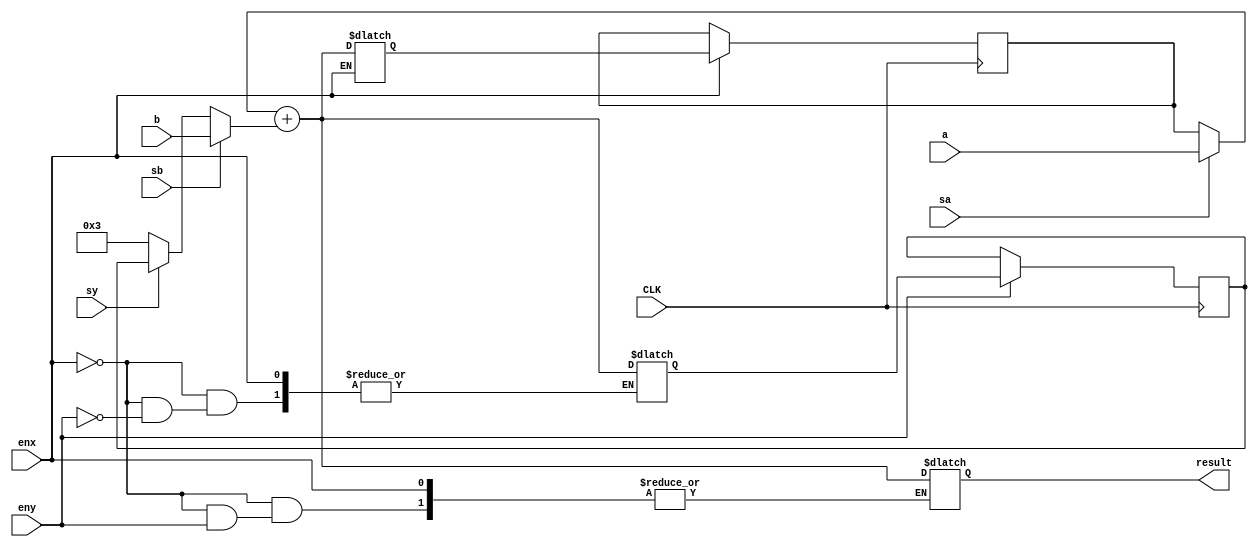
module add_datapath(
	input	[5:0] a,
	input	[5:0] b,
	input CLK,
	input enx,
	input eny,
	input sa,
	input sb,
	input sy,
	output reg [5:0] result
);


reg [5:0] xi;
reg [5:0] yi;
reg [5:0] to_xi;
reg [5:0] to_yi;


reg [5:0] add_res;
reg [5:0] to_addA;
reg [5:0] to_addB;

//Define Datapath Registers
always @(posedge CLK)
	begin
		if(enx)
			xi <= to_xi;
		if(eny)
			yi <= to_yi;
	end


//Combinational Datapath	
always @(*)
	begin
	//********MUXes**********
		//MUX_A
		if(sa)
			to_addA = a;
		else
			to_addA = xi;
		
		//MUX_YI
		if(sb)
			to_addB = b;
		else if(sy)
			to_addB = yi;
		else
			to_addB = 6'd3;
		
		//MUX_SUB
		if(enx)
			to_xi = add_res;		
		else if(eny)
			to_yi = add_res;
		else
			result = add_res;
			
		//*******ARITH COMPONENTS**********
		add_res 	= to_addA + to_addB;	
		

		
	end
	


endmodule